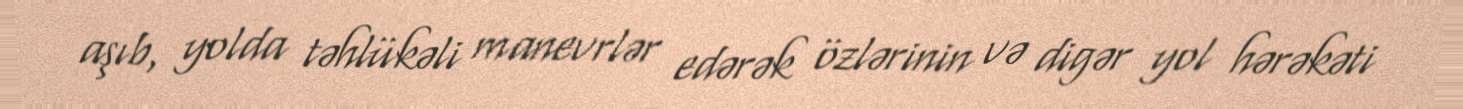
aşıb, yolda təhlükəli manevrlər edərək özlərinin və digər yol hərəkəti